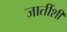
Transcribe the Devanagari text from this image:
जातींशीं